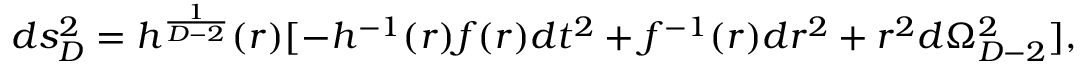
d s _ { D } ^ { 2 } = h ^ { \frac { 1 } { D - 2 } } ( r ) [ - h ^ { - 1 } ( r ) f ( r ) d t ^ { 2 } + f ^ { - 1 } ( r ) d r ^ { 2 } + r ^ { 2 } d \Omega _ { D - 2 } ^ { 2 } ] ,